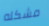
مشكله